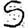
Digit: 5